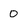
Character: 0